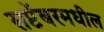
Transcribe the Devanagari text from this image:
सप्टेंबरमधील